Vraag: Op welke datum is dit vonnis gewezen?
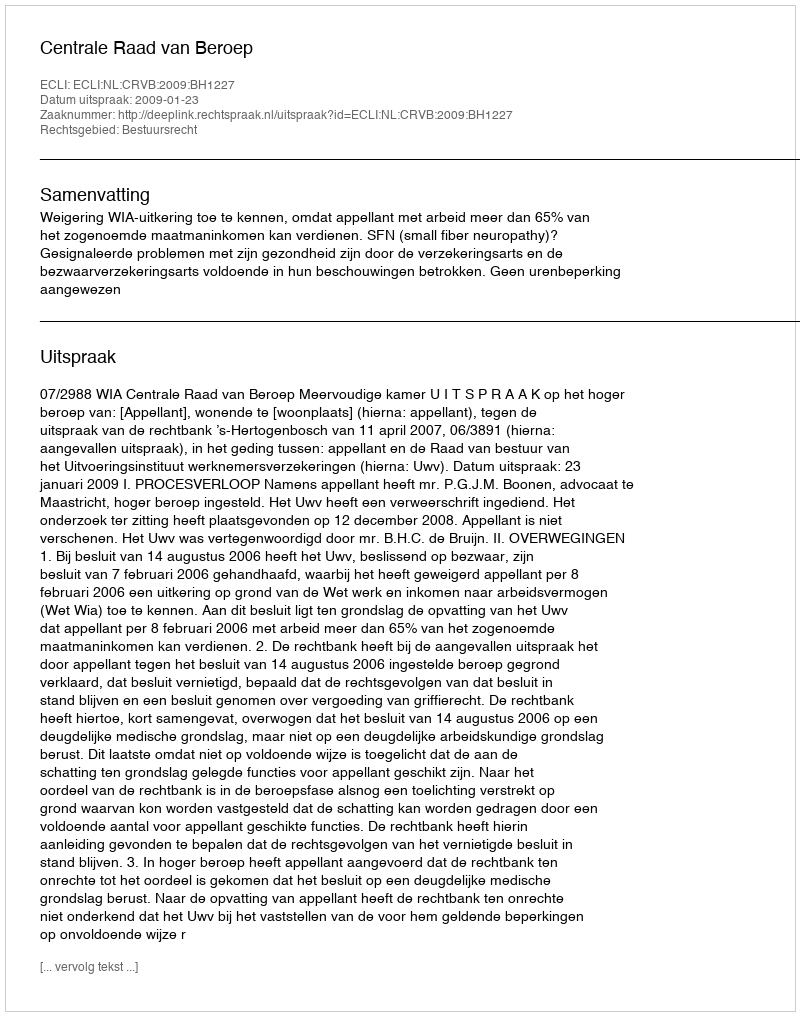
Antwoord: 2009-01-23